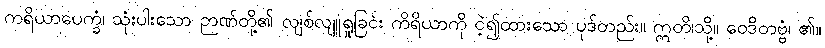
ကရိယာပေက္ခံ၊ သုံးပါးသော ဉာဏ်တို့၏ လျစ်လျူရှုခြင်း ကိရိယာကို ငဲ့၍ထားသော ပုဒ်တည်း။ ဣတိ၊သို့။ ဝေဒိတဗ္ဗံ၊ ၏။